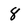
Character: 8